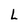
Character: L